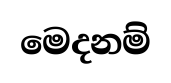
මෙදනම්